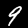
Label: 9